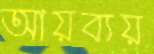
আয়ব্যয়